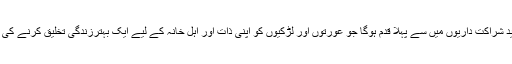
ہمیں امید ہے کہ یہ کئی جدید شراکت داریوں میں سے پہلا قدم ہوگا جو عورتوں اور لڑکیوں کو اپنی ذات اور اہل خانہ کے لیے ایک بہترزندگی تخلیق کرنے کی قوت دینے میں مدد دیں گی۔